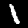
Label: 1